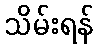
သိမ်းရန်